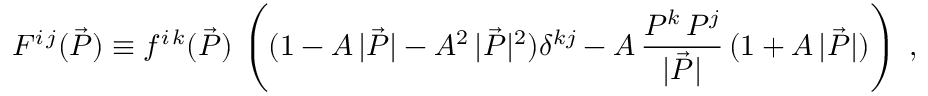
F ^ { i \, j } ( \vec { P } ) \equiv f ^ { i \, k } ( \vec { P } ) \, \left( ( 1 - A \, | \vec { P } | - A ^ { 2 } \, | \vec { P } | ^ { 2 } ) \delta ^ { k j } - A \, \frac { P ^ { k } \, P ^ { j } } { | \vec { P } | } \, ( 1 + A \, | \vec { P } | ) \right) \; ,